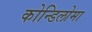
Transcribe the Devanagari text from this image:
कोन्डिलोमा